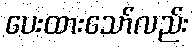
ပေးထားသော်လည်း